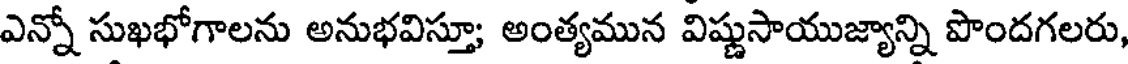
ఎన్నో సుఖభోగాలను అనుభవిస్తూ; అంత్యమున విష్ణుసాయుజ్యాన్ని పొందగలరు,